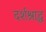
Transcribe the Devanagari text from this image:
दर्शश्राद्ध